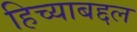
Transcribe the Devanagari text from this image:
हिच्याबद्दल